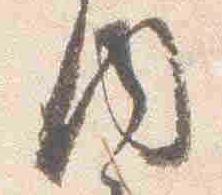
内